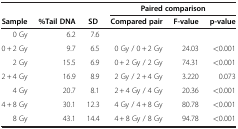
<table><thead><tr><td><b> </b></td><td><b> </b></td><td><b> </b></td><td colspan="3"><b>Paired comparison</b></td></tr><tr><td><b>Sample</b></td><td><b>%Tail DNA</b></td><td><b>SD</b></td><td><b>Compared pair</b></td><td><b>F-value</b></td><td><b>p-value</b></td></tr></thead><tbody><tr><td>0 Gy</td><td>6.2</td><td>7.6</td><td> </td><td> </td><td> </td></tr><tr><td>0 + 2 Gy</td><td>9.7</td><td>6.5</td><td>0 Gy / 0 + 2 Gy</td><td>24.03</td><td>&lt;0.001</td></tr><tr><td>2 Gy</td><td>15.5</td><td>6.9</td><td>0 + 2 Gy / 2 Gy</td><td>74.31</td><td>&lt;0.001</td></tr><tr><td>2 + 4 Gy</td><td>16.9</td><td>8.9</td><td>2 Gy / 2 + 4 Gy</td><td>3.220</td><td>0.073</td></tr><tr><td>4 Gy</td><td>20.7</td><td>8.1</td><td>2 + 4 Gy / 4 Gy</td><td>20.36</td><td>&lt;0.001</td></tr><tr><td>4 + 8 Gy</td><td>30.1</td><td>12.3</td><td>4 Gy / 4 + 8 Gy</td><td>80.78</td><td>&lt;0.001</td></tr><tr><td>8 Gy</td><td>43.1</td><td>14.4</td><td>4 + 8 Gy / 8 Gy</td><td>94.78</td><td>&lt;0.001</td></tr></tbody></table>